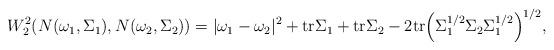
LaTeX: \begin{align*} W^2_2(N(\omega_1,\Sigma_1), N(\omega_2,\Sigma_2))= |\omega_1-\omega_2|^2+\mathrm{tr}\Sigma_1+\mathrm{tr}\Sigma_2- 2\mathrm{tr}\Big(\Sigma_1^{1/2}\Sigma_2\Sigma_1^{1/2}\Big)^{1/2},\end{align*}